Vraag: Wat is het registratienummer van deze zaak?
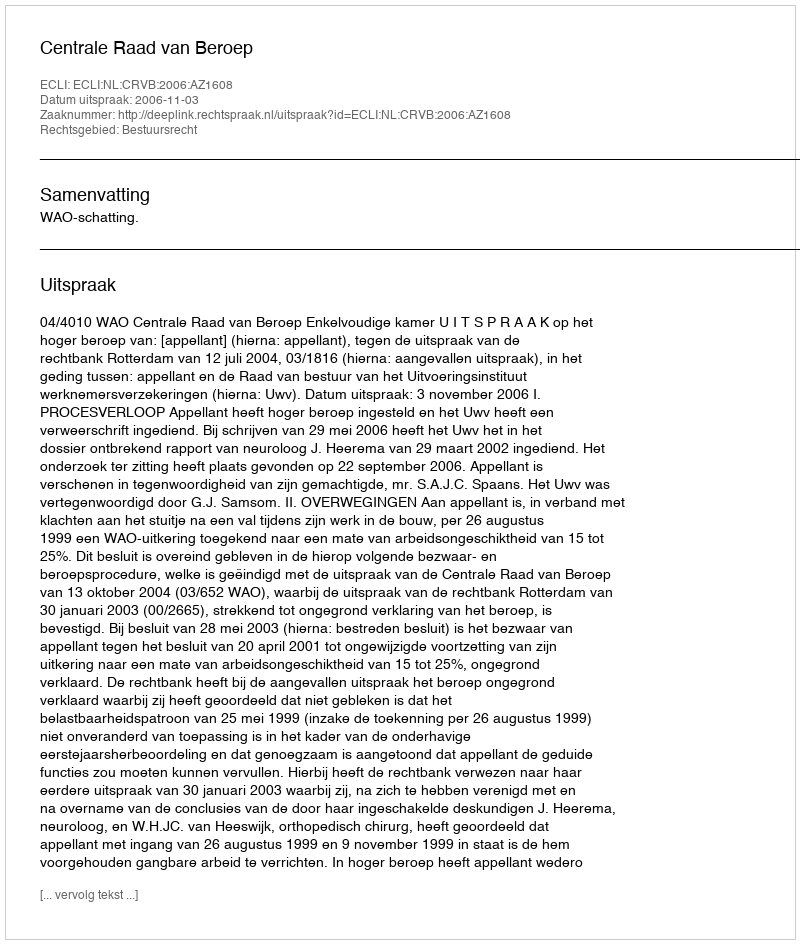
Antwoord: http://deeplink.rechtspraak.nl/uitspraak?id=ECLI:NL:CRVB:2006:AZ1608